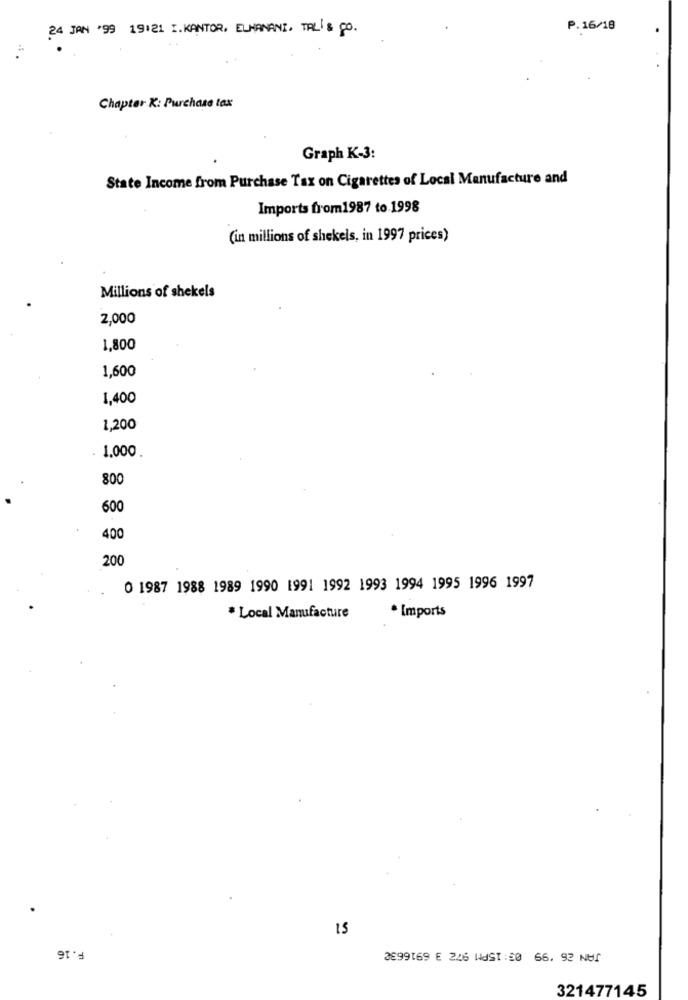
24 JAN '99 19121 I.KANTOR, ELHANANI. TALI & CO.
P.16/18
Chapter K: Purchase tax
Graph K-3:
State Income from Purchase Tax on Cigarettes of Local Manufacture and
Imports from1987 to 1998
(in millions of shekels, in 1997 prices)
Millions of shekels
2,000
1,800
1,600
1,400
1,200
1.000.
800
600
400
200
0 1987 1988 1989 1990 1991 1992 1993 1994 1995 1996 1997
* Imports
* Local Manufacture
15
F.16
321477145